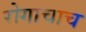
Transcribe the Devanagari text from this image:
रोगाचाच